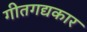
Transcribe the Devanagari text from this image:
गीतगद्यकार